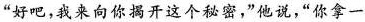
“好吧，我来向你揭开这个秘密，"他说，“你拿一